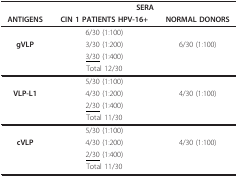
<table><thead><tr><td></td><td colspan="2"><b>SERA</b></td></tr><tr><td><b>ANTIGENS</b></td><td><b>CIN 1 PATIENTS HPV-16+</b></td><td><b>NORMAL DONORS</b></td></tr></thead><tbody><tr><td></td><td>6/30 (1:100)</td><td></td></tr><tr><td><b>gVLP</b></td><td>3/30 (1:200)</td><td>6/30 (1:100)</td></tr><tr><td></td><td><underline>3/30</underline> (1:400)</td><td></td></tr><tr><td></td><td>Total 12/30</td><td></td></tr><tr><td></td><td>5/30 (1:100)</td><td></td></tr><tr><td><b>VLP-L1</b></td><td>4/30 (1:200)</td><td>4/30 (1:100)</td></tr><tr><td></td><td><underline>2/30</underline> (1:400)</td><td></td></tr><tr><td></td><td>Total 11/30</td><td></td></tr><tr><td></td><td>5/30 (1:100)</td><td></td></tr><tr><td><b>cVLP</b></td><td>4/30 (1:200)</td><td>4/30 (1:100)</td></tr><tr><td></td><td><underline>2/30</underline> (1:400)</td><td></td></tr><tr><td></td><td>Total 11/30</td><td></td></tr></tbody></table>